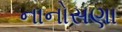
નાનોસણા